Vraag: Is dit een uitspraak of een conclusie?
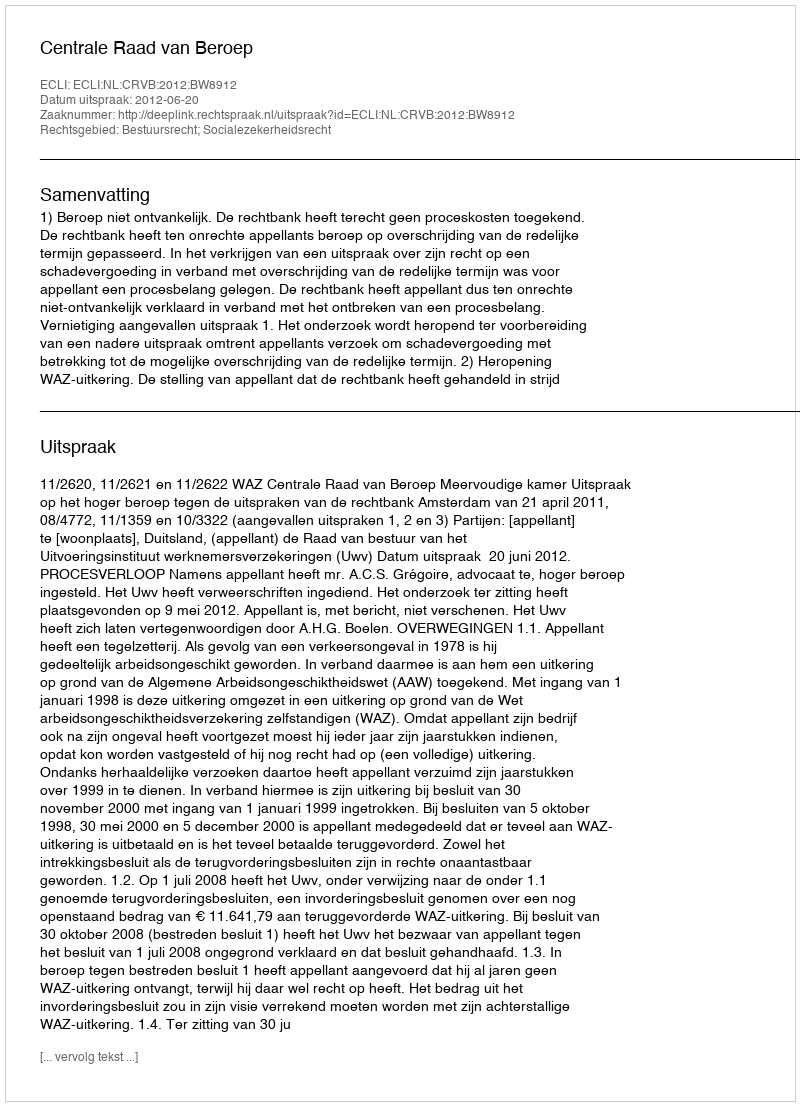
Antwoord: Uitspraak